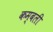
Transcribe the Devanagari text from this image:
कम्बली